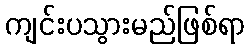
ကျင်းပသွားမည်ဖြစ်ရာ